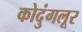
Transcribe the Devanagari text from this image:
कोदुंगलूर